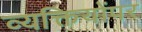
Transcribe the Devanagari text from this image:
व्यक्तियोंपर